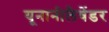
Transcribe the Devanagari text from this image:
यूनानीलैवेंडर